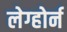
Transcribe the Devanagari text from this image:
लेग्होर्न